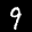
Label: 9